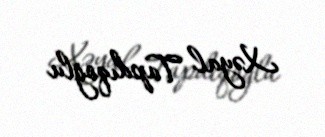
Xəyal Tapdıqoğlu